Annual statistical returns and brief notes on vaccination in Bengal - 1896-1909
Year: 1896
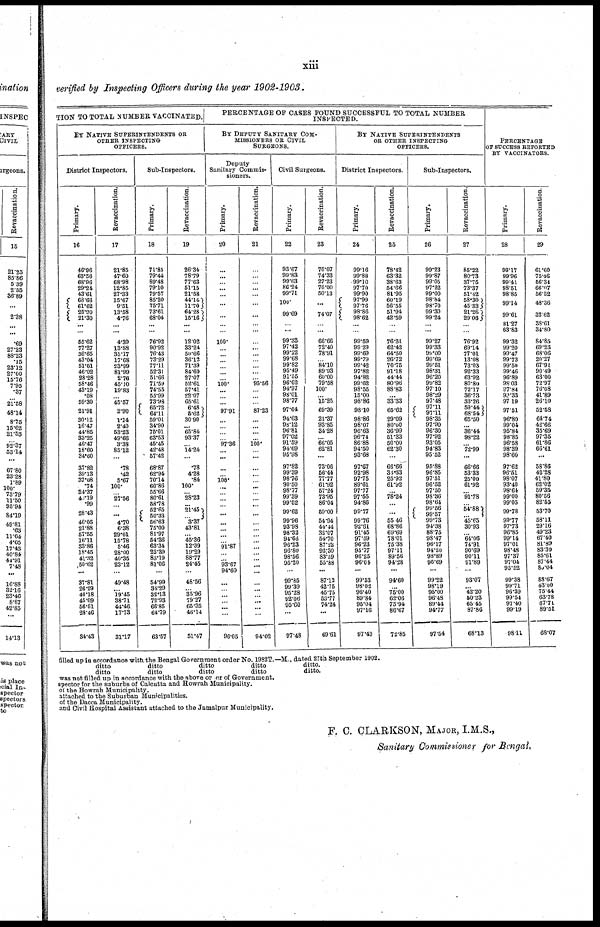
xiii
verified by Inspecting Officers during the year 1902-1903.
TION TO TOTAL NUMBER VACCINATED.
BY NATIVE SUPERINTENDENTS OR
OTHER INSPECTING
OFFICERS.
District Inspectors.
Primary.
16
46.96
63.56
68.96
29.24
43.61
68.66
61.62
25.90
21.30
...
...
55.62
77.27
36.65
43.04
51.01
46.02
28.28
58.46
43.19
.08
59.30
21.91
30.12
16.47
44.85
33.25
46.47
18.60
34.60
37.82
39.13
37.08
.74
34.37
40.19
.99
28.43
46.05
21.88
57.55
16.11
33.86
18.45
41.32
50.62
...
37.81
26.29
40.18
45.09
56.51
28.46
34.43
Revaccination.
17
21.85
47.60
68.98
12.85
27.33
15.67
9.51
13.58
4.76
...
...
4.39
13.88
35.17
17.68
23.99
81.99
2.76
45.10
19.83
...
45.57
2.90
1.14
2.40
53.23
49.66
3.38
85.12
...
.78
.42
5.67
100.
... 27.56
... ...
4.70
6.38
29.01
15.78
5.46
28.00
40.35
23.12
...
49.48
... 19.45
38.71
44.46
17.73
31.17
Sub-Inspectors.
Primary.
18
71.85
79.44
89.48
79.10
79.57
85.20
75.71
73.61
68.04
...
...
76.92
90.92
76.43
73.29
77.11
52.31
51.66
71.59
74.55
55.99
73.98
65.72
64.11
59.01
34.90
75.01
63.53
45.45
42.48
57.42
68.87
62.94
70.14
60.86
55.66
80.61
58.78
52.65
50.33
56.63
75.00
81.97
54.36
63.34
22.39
83.19
81.06
...
54.99
34.29
32.13
72.93
66.85
64.79
63.57
Revaccination.
19
26.34
78.79
77.63
51.15
21.58
44.14
11.70
64.28
15.16
...
...
12.02
33.24
50.66
36.12
71.39
84.60
27.07
52.61
57.41
22.07
65.61
6.48
5.62
30.90
30.90
65.84
93.37
... 14.24
...
.78
4.28
.84
100.
... 28.23
... 21.45
... 3.37
43.81
... 45.36
12.39
19.29
88.77
24.45
...
48.56
... 35.96
79.27
65.35
46.14
51.47
PERCENTAGE OF CASES FOUND SUCCESSFUL TO TOTAL NUMBER
INSPECTED.
BY DEPUTY SANITARY COM-
MMISSIONER OR CIVIL
SURGEONS.
Deputy
Sanitary Commis-
sioners.
Primary.
20
...
...
...
...
...
...
...
...
...
100.
...
...
...
...
...
...
100.
...
...
...
97.91
...
...
...
... 97.36
... ...
...
... 100.
...
...
...
... ...
...
...
...
... 91.87
...
... 93.67
94.60
...
...
...
...
... ...
96.05
Revaccination.
21
...
...
...
...
...
...
...
...
...
...
...
...
...
...
...
...
95.56
...
...
...
87.23
... ...
...
... 100.
... ...
...
...
...
...
...
... ...
...
...
...
...
...
...
...
...
... ...
...
... ...
...
...
...
94.02
Civil Surgeons.
Primary.
22
93.67
99.83
99.63
86.24
99.71
100.
99.69
...
...
99.33
97.42
99.22
99.68
99.82
95.49
91.55
96.62
94.97
98.01
98.77
97.64
94.63
98.12
96.81
97.02
91.59
94.69
95.98
97.82
99.39
98.73
90.50
98.77
99.39
99.52
99.62
99.96
93.98
98.32
94.66
96.23
96.80
98.56
95.20
...
99.85
99.39
95.28
92.06
95.60
...
97.48
Revaccination.
23
70.07
74.33
27.23
70.00
50.13
...
74.07
...
...
66.66
72.40
78.91
...
84.10
89.93
60.00
79.58
100.
...
15.25
69.39
21.37
93.85
34.28
... 66.05
62.81
...
73.06
56.44
77.77
61.92
57.24
73.95
86.04
59.00
54.94
44.44
32.07
54.70
87.22
92.30
83.59
55.88
...
87.12
42.75
45.75
53.77
74.24
...
69.61
BY NATIVE SUPERINTENDENTS
OR OTHER INSPECTING
OFFICERS.
District Inspectors.
Primary.
24
99.16
99.88
99.10
97.70
99.90
97.99
97.76
98.86
98.62
...
...
99.59
99.29
99.69
99.79
99.42
97.82
94.32
99.62
98.55
15.00
98.86
98.10
98.86
98.07
96.63
96.74
86.88
94.50
93.68
97.67
92.98
97.75
89.61
97.77
97.55
94.86
99.77
99.76
92.61
91.45
97.59
96.23
95.77
96.25
96.04
...
99.53
98.02
96.40
89.84
95.04
97.16
97.40
Revaccination.
25
78.42
63.32
38.63
54.66
81.95
60.19
56.55
51.94
42.59
...
...
76.31
62.42
64.50
26.72
70.75
91.18
44.44
80.96
88.83
...
33.33
65.62
29.09
80.00
36.99
51.33
50.00
62.30
...
66.66
33.33
25.92
61.92
...
78.24
... ...
55.46
68.86
69.69
78.01
75.38
97.11
89.56
94.28
...
94.60
... 75.00
62.06
75.94
86.67
72.85
Sub-Inspectors.
Primary.
26
99.23
99.87
99.05
97.22
99.00
98.84
98.70
99.30
99.24
...
...
99.27
99.33
99.00
99.69
99.51
98.31
96.20
99.82
97.10
98.29
97.48
97.11
97.11
98.35
97.90
96.30
97.92
93.05
94.83
95.52
95.88
96.85
97.51
96.52
97.50
98.36
98.64
99.56
99.57
99.73
94.38
88.75
98.47
96.17
94.20
98.89
96.69
...
99.22
98.19
95.00
96.48
89.44
94.77
97.64
Revaccination.
27
85.22
80.73
37.75
73.37
51.42
58.30
45.33
21.26
29.06
...
...
76.92
69.14
77.01
13.08
73.03
92.33
63.92
80.80
72.17
36.73
33.26
59.44
68.54 ...
... 36.44
98.22
... 72.99
...
66.66
53.33
25.00
61.92
... 91.78
... 54.88
45.65
30.93
... 64.06
74.91
90.69
90.11
91.89
...
93.07
... 42.20
50.23
65.45
87.86
68.13
PERCENTAGE
OF SUCCESS REPORTED
BY VACCINATORS.
Primary.
28
99.17
99.96
99.41
98.51
98.85
99.14
99.61
81.27
63.83
99.32
99.20
99.47
99.73
99.50
99.46
96.89
98.03
97.84
99.33
97.19
97.51
96.80
99.04
95.84
98.85
96.58
98.39
98.60
97.62
96.51
98.07
93.40
98.64
99.00
99.05
99.78
99.77
97.73
96.85
99.14
97.01
98.48
97.37
97.04
95.52
99.38
99.71
96.39
99.54
97.40
99.19
98.11
Revaccination
29
61.60
75.46
56.34
66.07
56.52
48.36
32.62
38.61
34.80
84.85
69.23
68.06
20.27
67.91
90.49
63.00
72.97
76.08
41.89
26.10
52.58
64.74
42.66
35.69
97.35
61.86
66.61
...
58.86
42.28
41.80
62.02
59.35
80.56
82.55
53.70
58.11
29.16
49.23
67.40
81.89
83.30
85.61
87.44
80.04
88.67
43.00
75.44
63.78
67.71
89.51
68.07
filled up in accordance with the Bengal Government order No. 1982T.—M., dated 27th September 1902.
ditto
ditto
ditto
ditto
ditto.
ditto
ditto
ditto
ditto
ditto.
was not filled up in Accordance with the above or or of Government.
specter for the suburbs of Calcutta and Howrah Municipality.
of the Howrah Municipality.
attached to the Suburban Municipalities.
of the Dacca Municipality.
and Civil Hospital Assistant attached to the Jamalpur Municipality.
F. C. CLARKSON, Major, I.M.S.,
Sanitary Commissioner for Bengal.